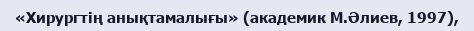
«Хирургтің анықтамалығы» (академик М.Әлиев, 1997),